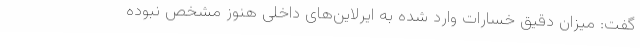
گفت: میزان دقیق خسارات وارد شده به ایرلاین‌های داخلی هنوز مشخص نبوده